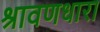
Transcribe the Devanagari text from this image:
श्रावणधारा